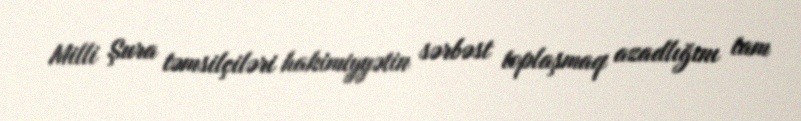
Milli Şura təmsilçiləri hakimiyyətin sərbəst toplaşmaq azadlığını tam